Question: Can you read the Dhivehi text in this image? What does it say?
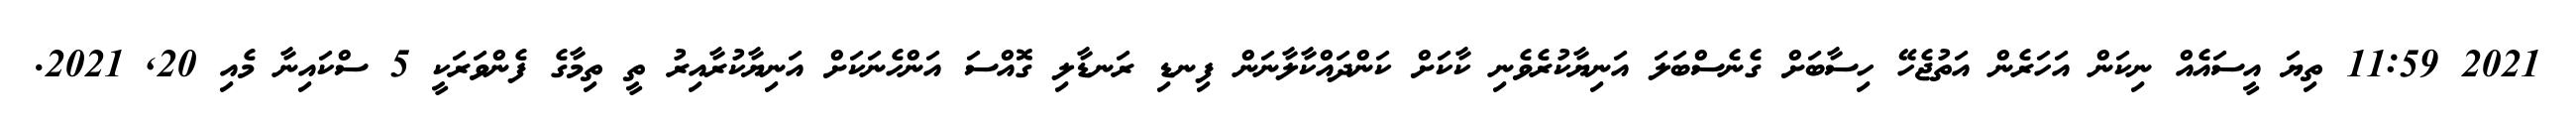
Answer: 2021 11:59 ތިޔަ އީސައެއް ނިކަން އަހަރެން އަތުޖެހޭ ހިސާބަށް ގެނެސްބަލަ އަނިޔާކުރެވެނި ކާކަށް ކަންދައްކާލާނަން ފިނޑި ރަނޑާލި ގޮއްސަ އަންހެނަކަށް އަނިޔާކުރާއިރު ތީ ތިމާގެ ފެންވަރަކީ 5 ސްކައިނާ މެއި 20, 2021.